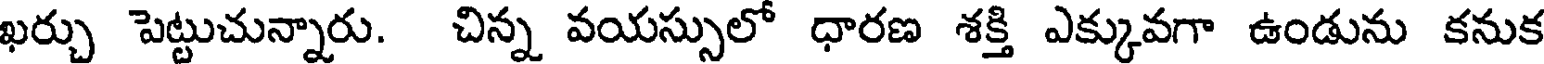
ఖర్చు పెట్టుచున్నారు. చిన్న వయస్సులో ధారణ శక్తి ఎక్కువగా ఉండును కనుక